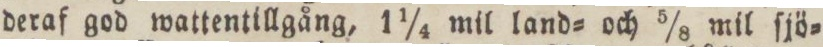
deraf god wattentillgång, 1¼ mil land= och 5/8 mil ſjö=